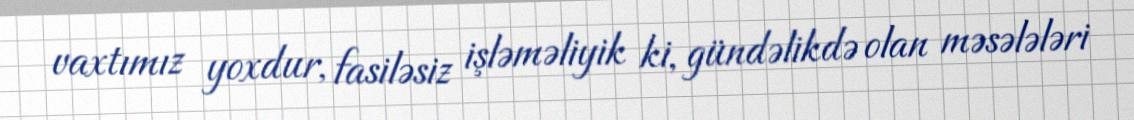
vaxtımız yoxdur, fasiləsiz işləməliyik ki, gündəlikdə olan məsələləri